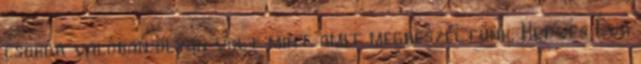
csokor valóban olyan volt mint amit megbeszéltünk. Kedves Éva